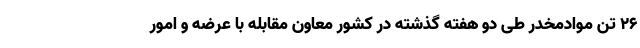
۲۶ تن موادمخدر طی دو هفته گذشته در کشور معاون مقابله با عرضه و امور